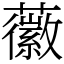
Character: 𧃸